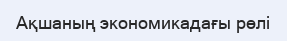
Ақшаның экономикадағы рөлі